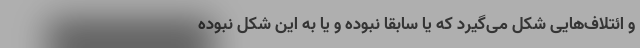
و ائتلاف‌هایی شکل می‌گیرد که یا سابقا نبوده و یا به این شکل نبوده